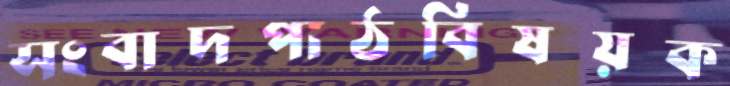
সংবাদপাঠবিষয়ক